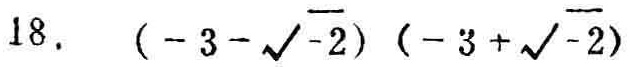
18. \((-3 - \sqrt{-2})(-3 + \sqrt{-2})\)